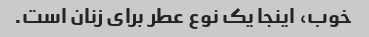
خوب، اینجا یک نوع عطر برای زنان است.